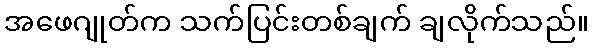
အဖေဂျုတ်က သက်ပြင်းတစ်ချက် ချလိုက်သည်။